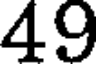
49